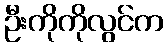
ဦးကိုကိုလွင်က